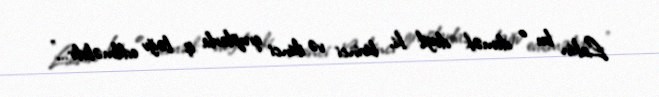
Lakin bu o demək deyil ki, birinci və ikinci qruplarla iş ləğv edilməlidir..."